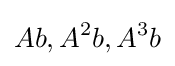
Ab,A^{2}b,A^{3}b